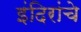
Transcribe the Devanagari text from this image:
इंदिरांचे